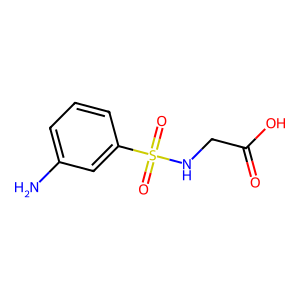
SMILES: Nc1cccc(S(=O)(=O)NCC(=O)O)c1
Inhibits HIV replication: No